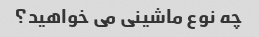
چه نوع ماشینی می خواهید؟